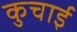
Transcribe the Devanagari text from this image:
कुचार्इ